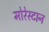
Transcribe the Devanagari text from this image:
मोरेस्टान